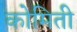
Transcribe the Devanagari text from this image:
कोमिती